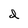
Character: d